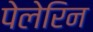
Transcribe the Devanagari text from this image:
पेलेरिन